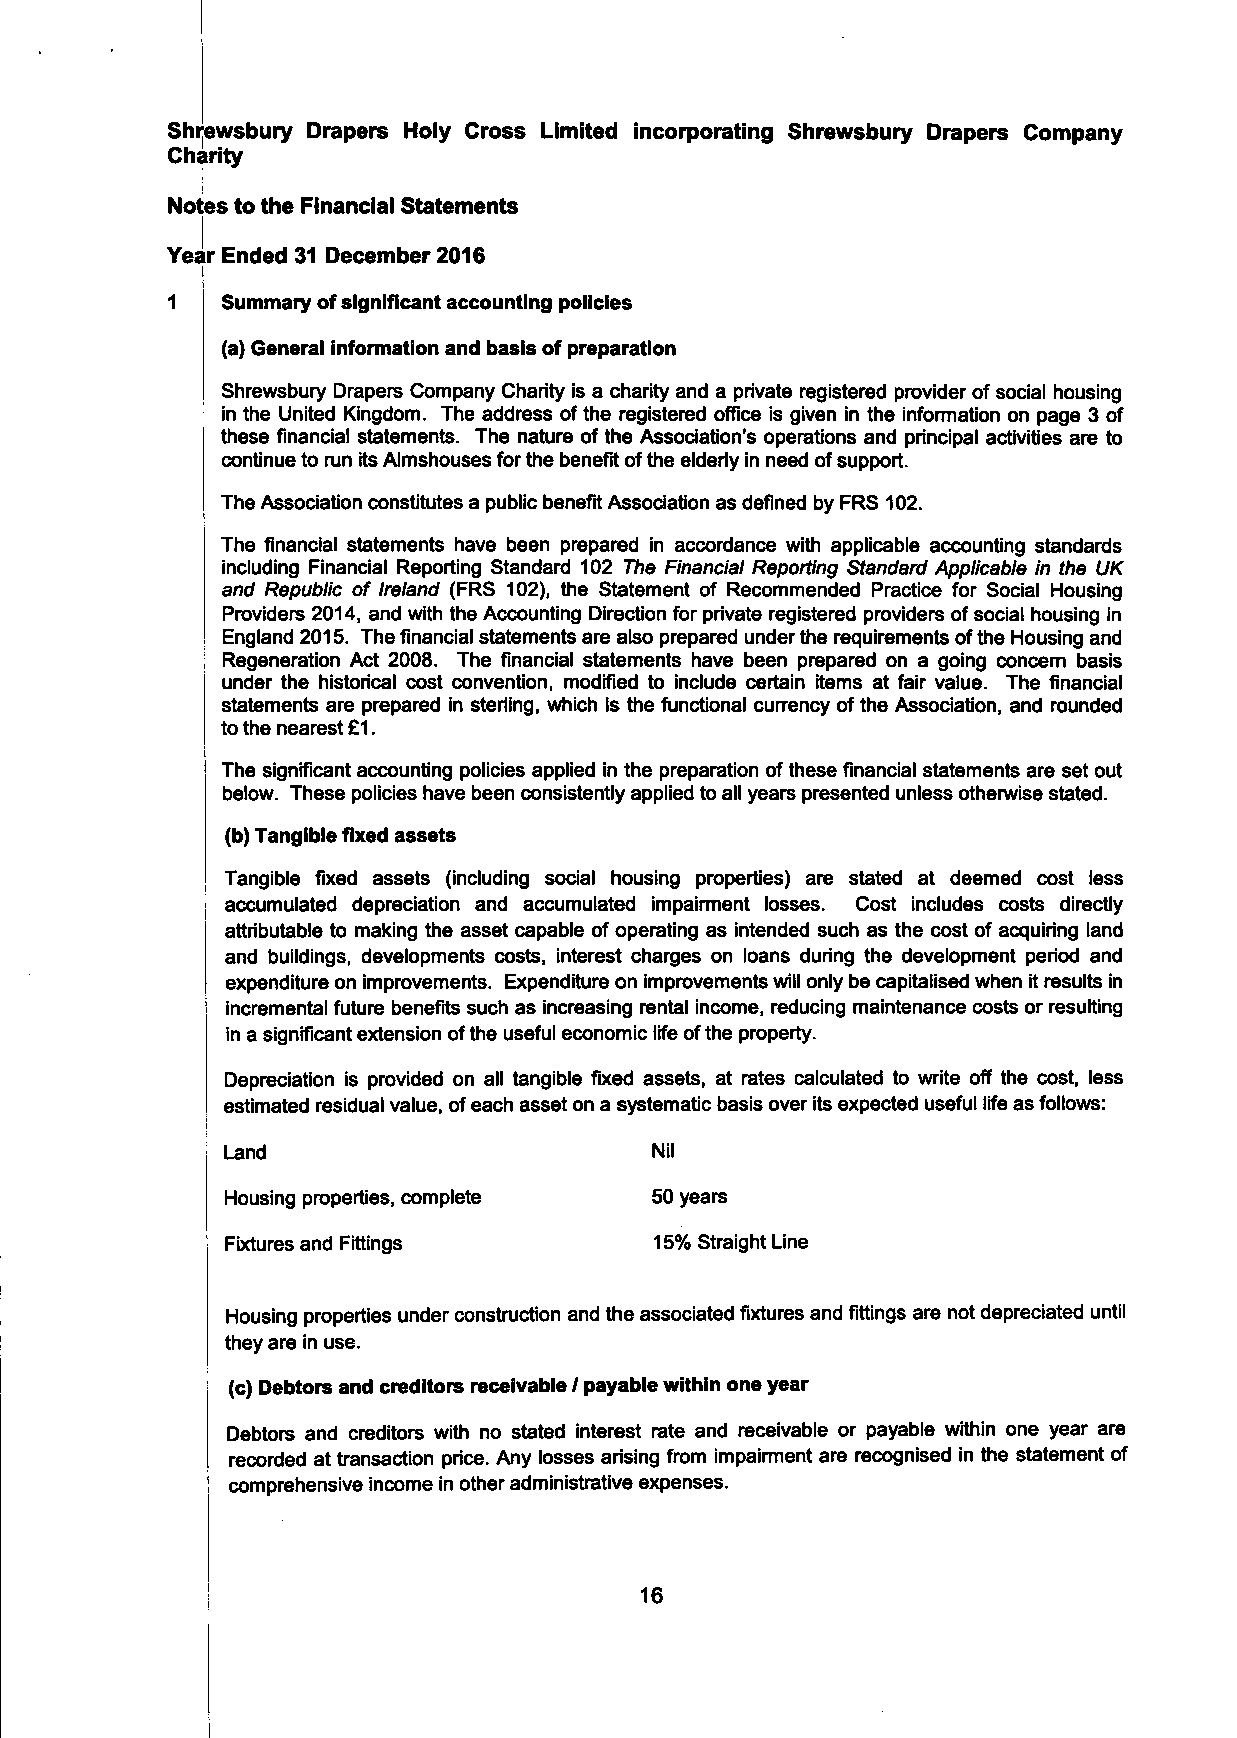
Shrewsbury Drapers Holy Cross Limited incorporating Shrewsbury Drapers Company
 Charity
 Notes to the Financial Statements
 Year Ended 31 December 2016
 i
 1   Summary of significant accounting policies
 (a) General information and basis of preparation
 Shrewsbury Drapers Company Charity is a charity and a private registered provider of social housing
 in the United Kingdom. The address of the registered office is given in the information on page 3 of
 these financial statements. The nature of the Association's operations and principal activities are to
 continue to run its Almshouses for the benefit of the elderly in need of support.
 The Association constitutes a public benefit Association as defined by FRS 102.
 The financial statements have been prepared in accordance with applicable accounting standards
 including Financial Reporting Standard 102 The Financial Reporting Standard Applicable in the UK
 and Republic of Ireland (FRS 102), the Statement of Recommended Practice for Social Housing
 Providers 2014, and with the Accounting Direction for private registered providers of social housing in
 England 2015. The financial statements are also prepared under the requirements ofthe Housing and
 , Regeneration Act 2008. The financial statements have been prepared on a going concem basis
 under the historical cost convention, modified to include certain items at fair value. The financial
 statements are prepared in sterling, which is the functional currency of the Association, and rounded
 to the nearest £1.
 The significant accounting policies applied in the preparation of these financial statements are set out
 below. These policies have been consistently applied to all years presented unless otherwise stated.
 (b) Tangible fixed assets
 Tangible fixed assets (including social housing properties) are stated at deemed cost less
 accumulated depreciation and accumulated impairment losses. Cost includes costs directly
 attributable to making the asset capable of operating as intended such as the cost of acquiring land
 and buildings, developments costs, interest charges on loans during the development period and
 expenditure on improvements. Expenditure on improvements will only be capitalised when it results in
 incremental future benefrts such as increasing rental income, reducing maintenance costs or resulting
 in a significant extension of the useful economic life of the property.
 Depreciation is provided on all tangible fixed assets, at rates calculated to write off the cost, less
 estimated residual value, of each asset on a systematic basis over its expected useful life as follows:
 Land                        Nil
 Housing properties, complete 50 years
 Fixtures and Fittings       15% Straight Line
 Housing properties under construction and the associated fixtures and fittings are not depreciated until
 they are in use.
 (c) Debtors and creditors receivable / payable within one year
 Debtors and creditors with no stated interest rate and receivable or payable within one year are
 recorded at transaction price. Any losses arising from impairment are recognised in the statement of
 i comprehensive income in other administrative expenses.
 16